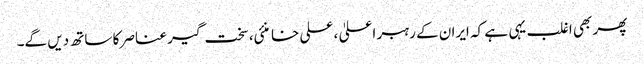
پھر بھی اغلب یہی ہے کہ ایران کے رہبر اعلیٰ ، علی خامنئی، سخت گیر عناصر کا ساتھ دیں گے۔